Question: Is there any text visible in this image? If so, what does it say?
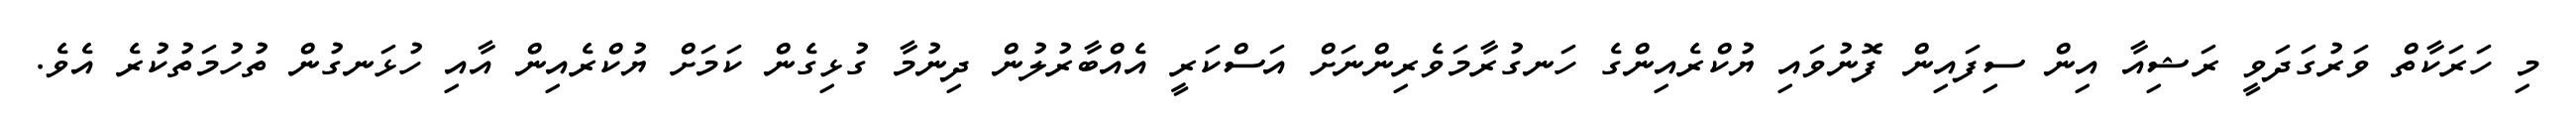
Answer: މި ހަރަކާތް ވަރުގަދަވީ ރަޝިއާ އިން ސިފައިން ފޮނުވައި ޔުކްރެއިންގެ ހަނގުރާމަވެރިންނަށް އަސްކަރީ އެއްބާރުލުން ދިނުމާ ގުޅިގެން ކަމަށް ޔުކްރެއިން އާއި ހުޅަނގުން ތުހުމަތުކުރެ އެވެ.